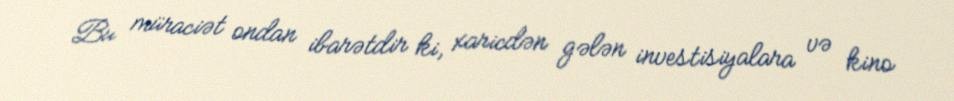
Bu müraciət ondan ibarətdir ki, xaricdən gələn investisiyalara və kino